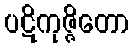
ပဋိကုဇ္ဇိတော